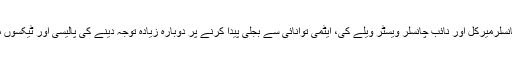
پارٹی کے قائد زگمر گابرئيل نے کہا کہ ان صوبائی انتخابات سے يہ بھی ظاہر ہوتا ہے کہ ووٹر چانسلرميرکل اور نائب چانسلر ويسٹر ويلے کی، ايٹمی توانائی سے بجلی پيدا کرنے پر دوبارہ زيادہ توجہ دينے کی پاليسی اور ٹيکسوں ميں کمی کے منصوبوں کے خلاف ہيں جن کی وجہ سےشہروں کی آمدنی ميں اور کمی ہوجائے گی۔